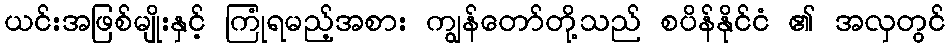
ယင်းအဖြစ်မျိုးနှင့် ကြုံရမည့်အစား ကျွန်တော်တို့သည် စပိန်နိုင်ငံ ၏ အလှတွင်